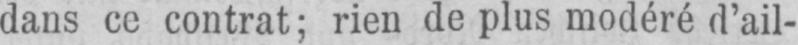
dans ce contrat; rien de plus modéré d’ail-